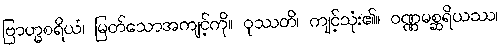
ဗြာဟ္မစရိယံ၊ မြတ်သောအကျင့်ကို။ ဝုဿတိ၊ ကျင့်သုံး၏။ ဝဏ္ဏမစ္ဆရိယဿ၊